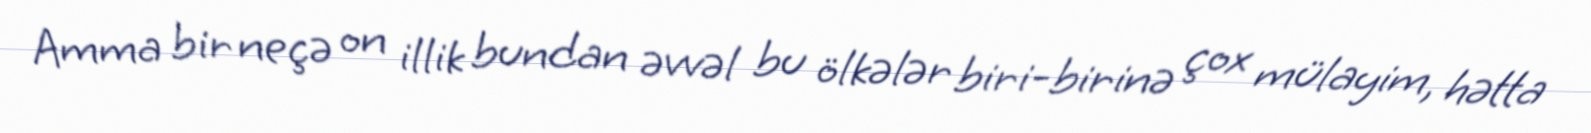
Amma bir neçə on illik bundan əvvəl bu ölkələr biri-birinə çox mülayim, hətta